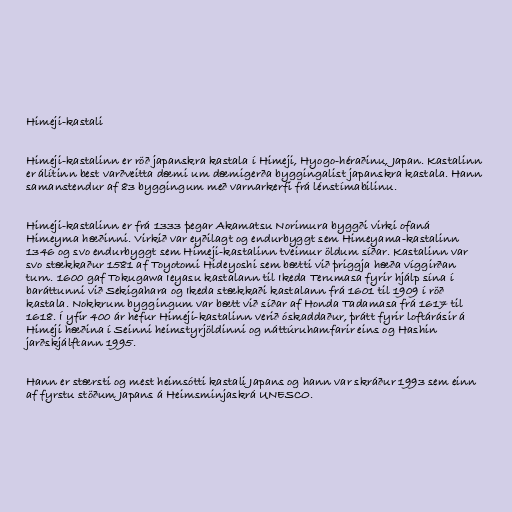
Himeji-kastali

Himeji-kastalinn er röð japanskra kastala í Himeji, Hyogo-héraðinu, Japan. Kastalinn
er álítinn best varðveitta dæmi um dæmigerða byggingalist japanskra kastala. Hann
samanstendur af 83 byggingum með varnarkerfi frá lénstímabilinu.

Himeji-kastalinn er frá 1333 þegar Akamatsu Norimura byggði virki ofaná
Himeyma hæðinni. Virkið var eyðilagt og endurbyggt sem Himeyama-kastalinn
1346 og svo endurbyggt sem Himeji-kastalinn tveimur öldum síðar. Kastalinn var
svo stækkaður 1581 af Toyotomi Hideyoshi sem bætti við þriggja hæða víggirðan
turn. 1600 gaf Tokugawa Ieyasu kastalann til Ikeda Terumasa fyrir hjálp sína í
baráttunni við Sekigahara og Ikeda stækkaði kastalann frá 1601 til 1909 í röð
kastala. Nokkrum byggingum var bætt við síðar af Honda Tadamasa frá 1617 til
1618. Í yfir 400 ár hefur Himeji-kastalinn verið óskaddaður, þrátt fyrir loftárásir á
Himeji hæðina í Seinni heimstyrjöldinni og náttúruhamfarir eins og Hashin
jarðskjálftann 1995.

Hann er stærsti og mest heimsótti kastali Japans og hann var skráður 1993 sem einn
af fyrstu stöðum Japans á Heimsminjaskrá UNESCO.